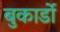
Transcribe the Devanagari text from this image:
बुकार्डो